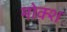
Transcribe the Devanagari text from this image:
मोक्श